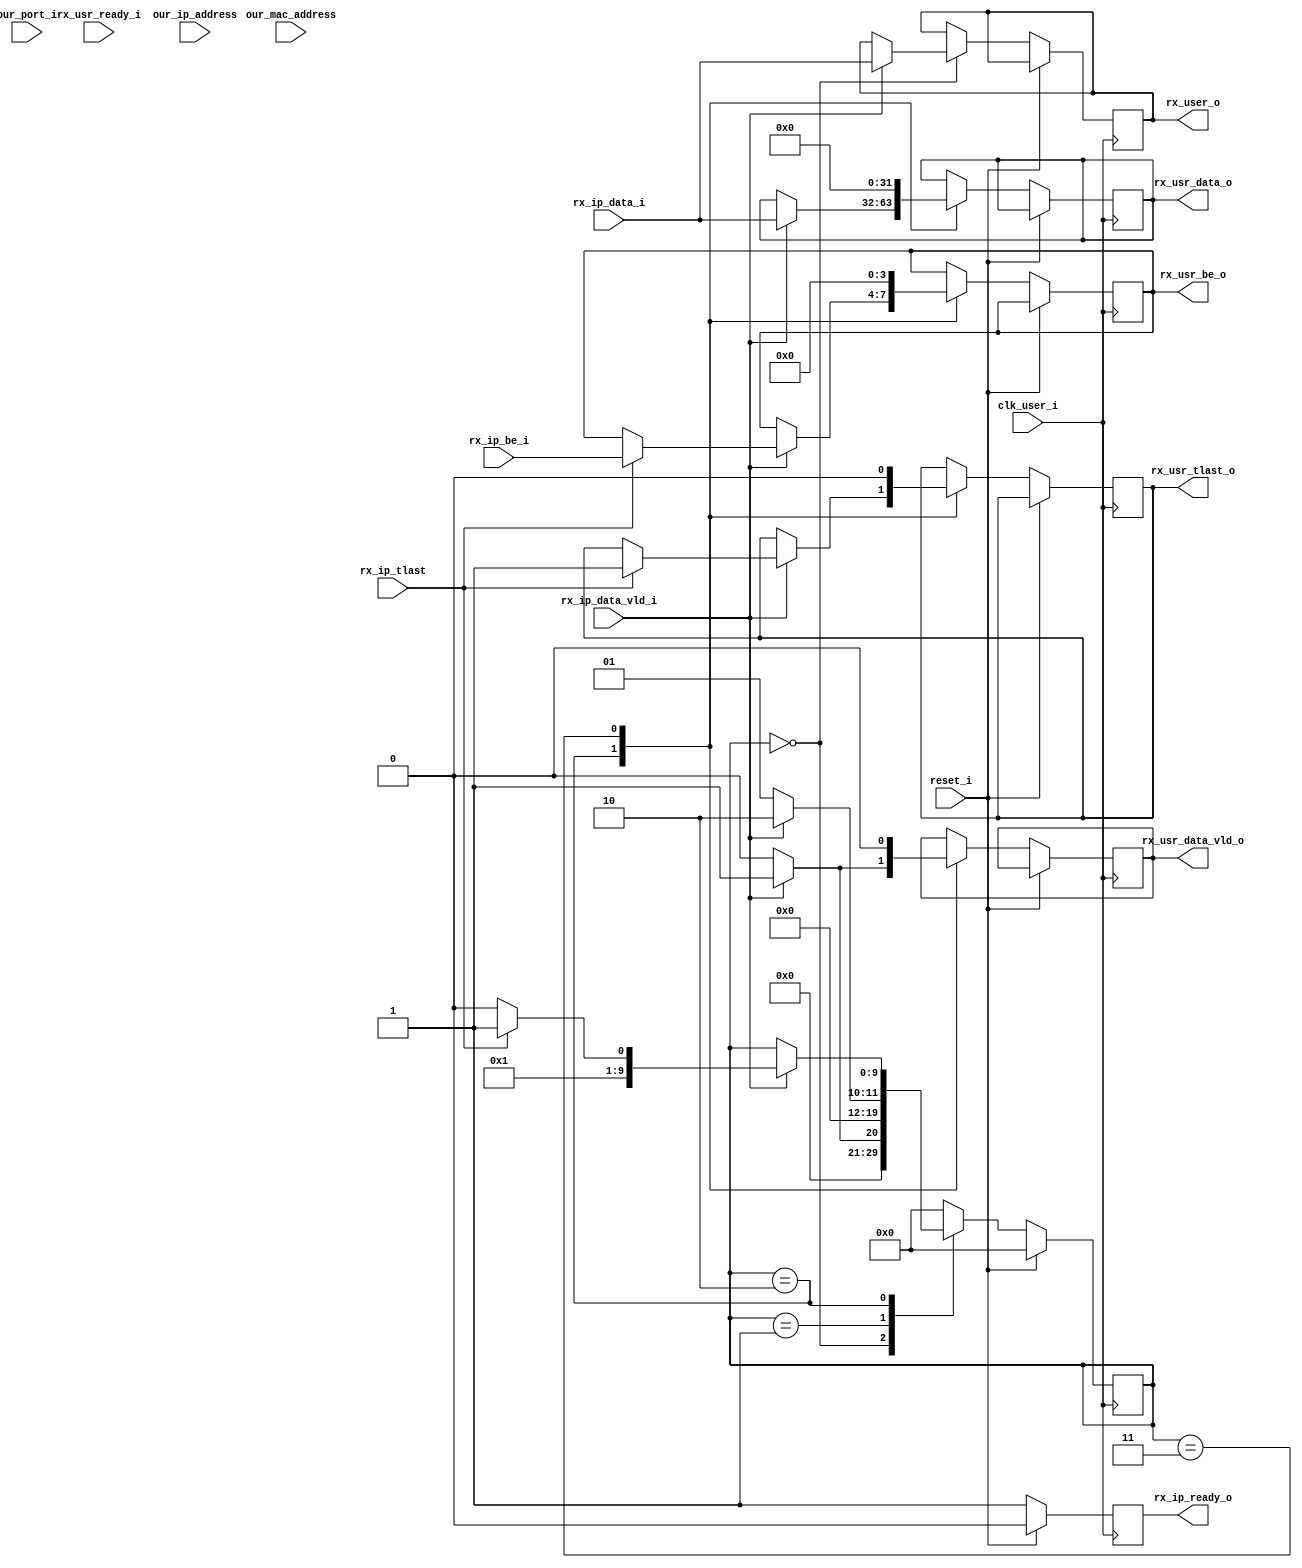
/*                 
                                                     ///+++\\\\\\\\     
                                                     |||     \\\\\\     \\\\\\          ///  
                                                      \\\\\\             \\\\\\        ///    
                                                       \\\\\\+++\\\\\\      \\\\\\      ///   
                                                              \\\\\\       \\\\\\    ///    
                                                      \\\\\\     |||        \\\\\\  ///     
                                                       \\\\\\+++///          \\\\\\///        
                            
   
FPGAUDP_Rec.v


	


*/

module UDP_Rec(
//system signals
input			reset_i,
input			clk_user_i,

//ip rx to UDP
input			rx_ip_data_vld_i,
input	[31:0]		rx_ip_data_i,
input	[3:0]		rx_ip_be_i,// 1111 1110 1100 1000
input			rx_ip_tlast,
output	reg		rx_ip_ready_o= 'b0,

//udp rx to usr
output	reg			rx_usr_data_vld_o= 'b0,
output	reg	[31:0]		rx_usr_data_o= 'b0,
output	reg	[31:0]		rx_user_o= 'b0,
output	reg	[3:0]		rx_usr_be_o= 'b0,
output	reg			rx_usr_tlast_o= 'b0,
input				rx_usr_ready_i,

//control
input       [31:0]      our_ip_address      ,
input       [47:0]      our_mac_address     ,
input	    [15:0]		our_port_i
);
reg	[15:0]	SourcePort= 'b0;
reg	[15:0]	DestiPort= 'b0;
reg	[15:0]	Rx_user_o= 'b0;
reg	[9:0]	UDP_Rec_State= 'b0;
//rx_ip_ready_o
always@(posedge clk_user_i )
	if(reset_i)
		begin
		rx_ip_ready_o <= 'd0;	
		end
	else
		rx_ip_ready_o <= 'd1;		

//UDP REC
always@(posedge clk_user_i )
	if(reset_i)
		begin
		UDP_Rec_State <= 'd0;
		end
	else	
		begin
		case(UDP_Rec_State)
			'd0:
				begin
				if(rx_ip_data_vld_i)
					begin
					SourcePort 	<= rx_ip_data_i[16+:16] ;
					DestiPort	<= rx_ip_data_i[0+:16] ;
					rx_user_o	<= rx_ip_data_i ;
					UDP_Rec_State	<= 'd1;	
					end
				else
					UDP_Rec_State	<= 'd0;		
				end
			'd1:
				begin
				if(rx_ip_data_vld_i)
					begin
					Rx_user_o 	<= rx_ip_data_i[16+:16] ;//UDP+
					UDP_Rec_State	<= 'd2;	
					end
				else
					UDP_Rec_State	<= 'd1;			
				end
			'd2:
				begin
				if(rx_ip_data_vld_i)	
					begin
					if(rx_ip_tlast != 1'b1)	//
						begin	
						rx_usr_data_vld_o 	<= 1'b1;                
						rx_usr_data_o 		<= rx_ip_data_i;	
						UDP_Rec_State	<= 'd2;	
						end
					else if(rx_ip_tlast == 1'b1)//
						begin
						rx_usr_data_vld_o 	<= 1'b1;
						rx_usr_data_o 		<= rx_ip_data_i;	
						UDP_Rec_State		<= 'd3;		
						rx_usr_tlast_o		<= 'd1;	
						rx_usr_be_o		<= rx_ip_be_i;
						end
						
					end
				else begin
					rx_usr_data_vld_o 	<= 1'b0;
				end
			end
			'd3:
				begin
						rx_usr_data_vld_o 	<=0;
						rx_usr_data_o 		<= 'b0;	
						UDP_Rec_State	<= 'd0;		
						rx_usr_tlast_o	<= 'd0;		
					        rx_usr_be_o	<= 'd0;		
					
				end
			default:
					UDP_Rec_State	<= 'd0;		
		endcase	
		end

endmodule